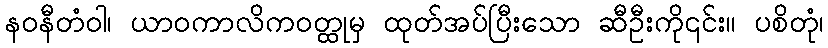
နဝနီတံဝါ၊ ယာဝကာလိကဝတ္ထုမှ ထုတ်အပ်ပြီးသော ဆီဦးကို၎င်း။ ပစိတုံ၊